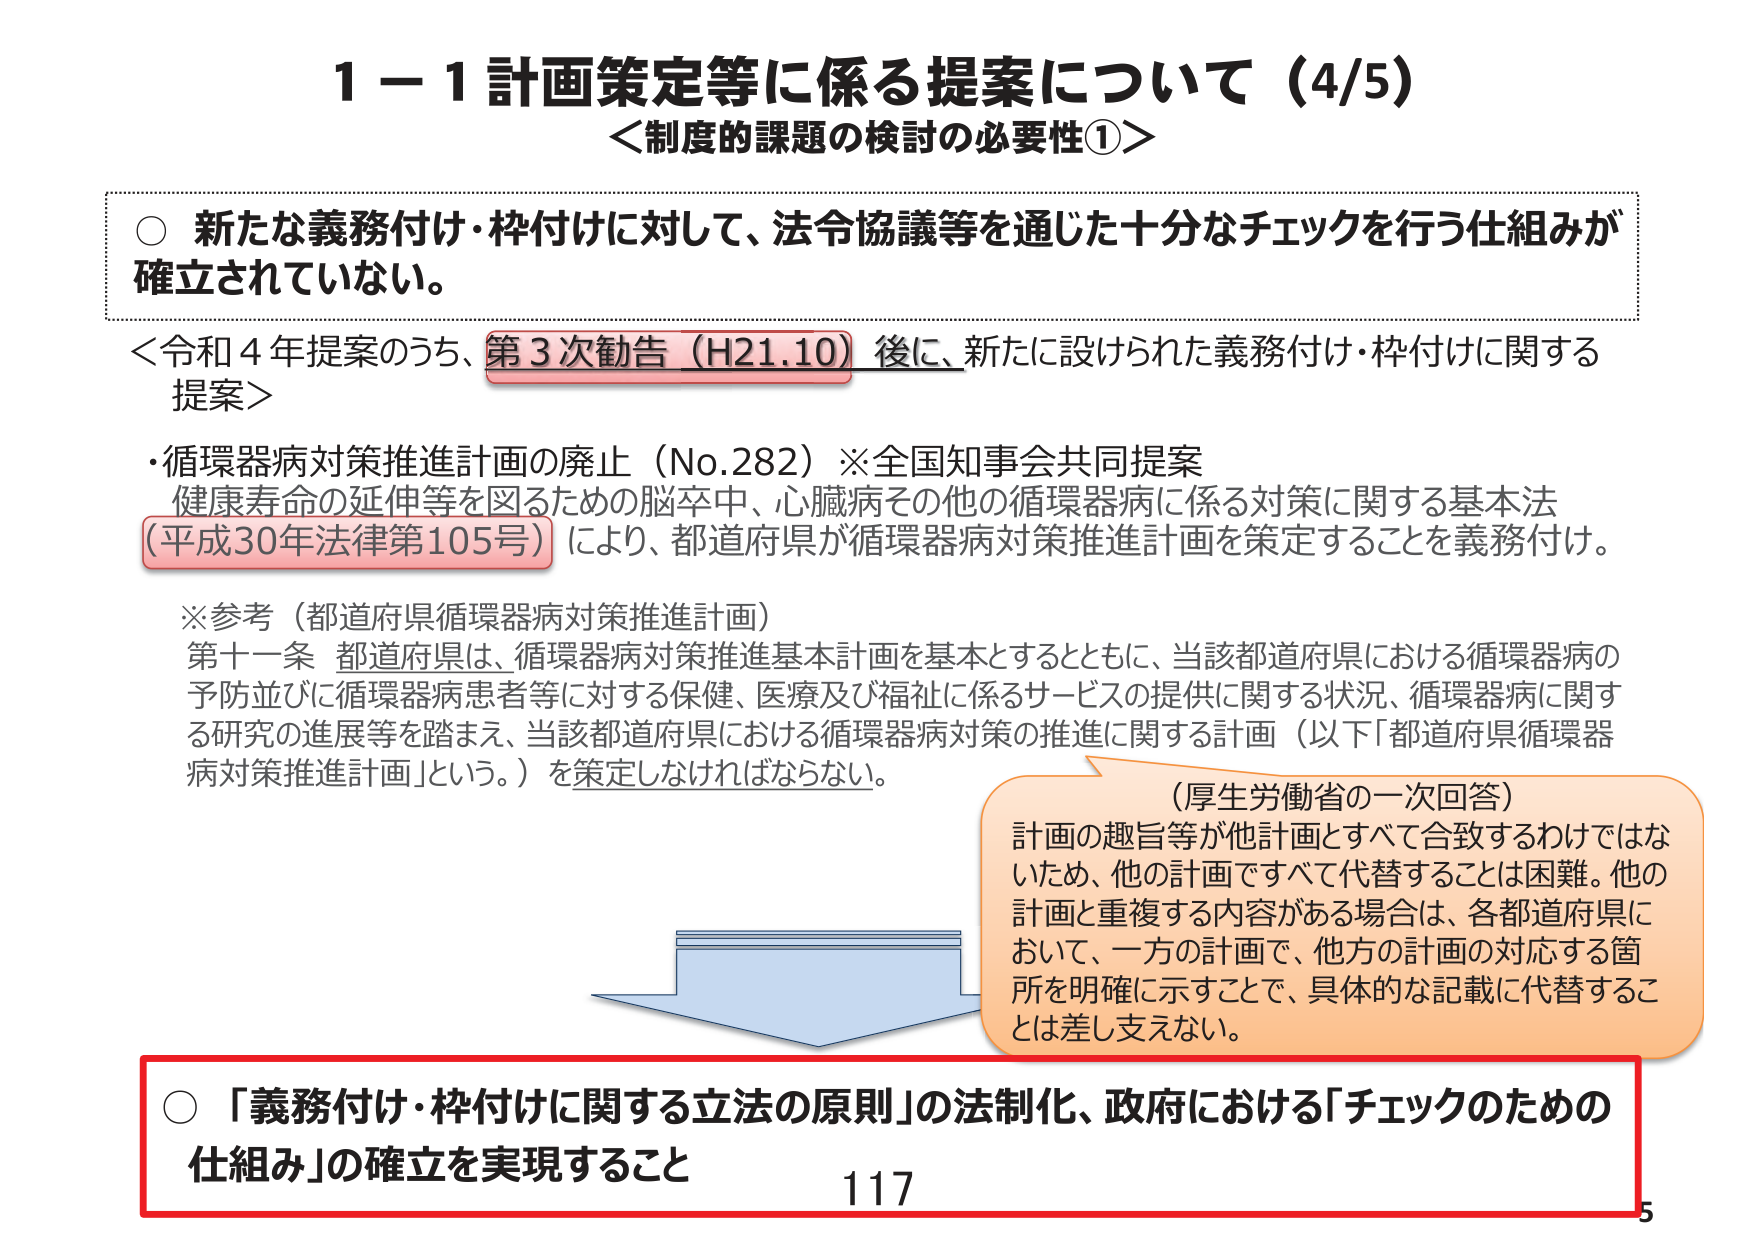
1－1 計画策定等に係る提案について（4/5）
＜制度的課題の検討の必要性①＞

○ 新たな義務付け・枠付けに対して、法令協議等を通じた十分なチェックを行う仕組みが
確立されていない。

＜令和4年提案のうち、第3次勧告（H21.10）後に、新たに設けられた義務付け・枠付けに関する
提案＞

・循環器病対策推進計画の廃止（No.282）※全国知事会共同提案
健康寿命の延伸等を図るための脳卒中、心臓病その他循環器病に係る対策に関する基本法
（平成30年法律第105号）により、都道府県が循環器病対策推進計画を策定することを義務付け。

※参考（都道府県循環器病対策推進計画）
第十一条 都道府県は、循環器病対策推進基本計画を基本とするとともに、当該都道府県における循環器病の
予防並びに循環器病患者等に対する保健、医療及び福祉に係るサービスの提供に関する状況、循環器病に関す
る研究の進展等を踏まえ、当該都道府県における循環器病対策の推進に関する計画（以下「都道府県循環器
病対策推進計画」という。）を策定しなければならない。

（厚生労働省の一次回答）
計画の趣旨等が他計画とすべて合致するわけではな
いため、他の計画ですべて代替することは困難。他の
計画と重複する内容がある場合は、各都道府県に
おいて、一方の計画で、他方の計画の対応する箇
所を明確に示すことで、具体的な記載に代替するこ
とは差し支えない。

○ 「義務付け・枠付けに関する立法の原則」の法制化、政府における「チェックのための
仕組み」の確立を実現すること

117
5